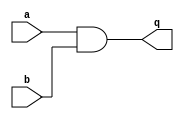
module top_module (
    input a,
    input b,
    output q );//

    assign q = a&b; // Fix me

endmodule